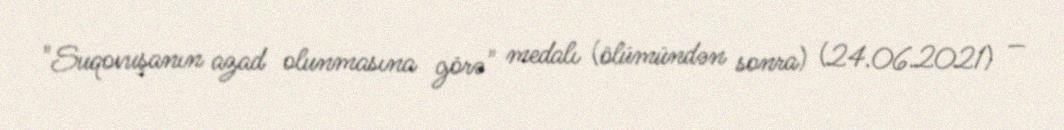
"Suqovuşanın azad olunmasına görə" medalı (ölümündən sonra) (24.06.2021) —